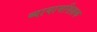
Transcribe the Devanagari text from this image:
व्यायामशिक्षक